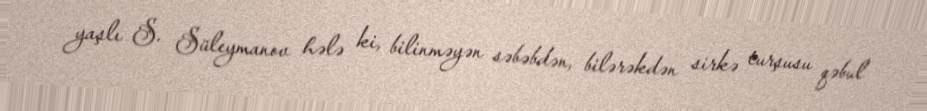
yaşlı S. Süleymanov hələ ki, bilinməyən səbəbdən, bilərəkdən sirkə turşusu qəbul